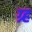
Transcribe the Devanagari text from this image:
ग्र्ह